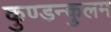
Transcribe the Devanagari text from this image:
कुण्डन्कुलम